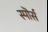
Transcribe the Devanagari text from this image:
स्पॊर्स